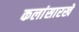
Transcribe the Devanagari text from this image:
कलांसारखे